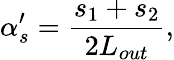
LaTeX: \alpha_{s}^{\prime}=\frac{s_{1}+s_{2}}{2L_{out}},